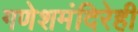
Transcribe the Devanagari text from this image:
गणेशमंदिरेही